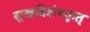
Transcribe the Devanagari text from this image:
सुखविशेषकृत्